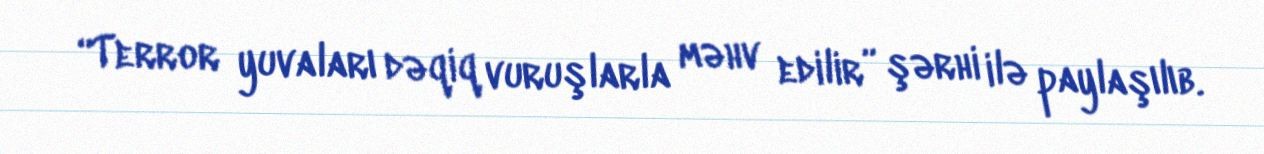
“Terror yuvaları dəqiq vuruşlarla məhv edilir” şərhi ilə paylaşılıb.